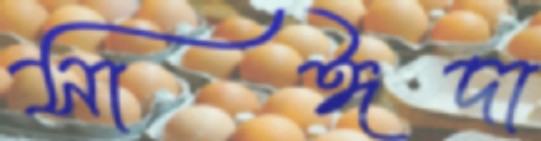
সাঈদা